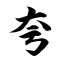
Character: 夸